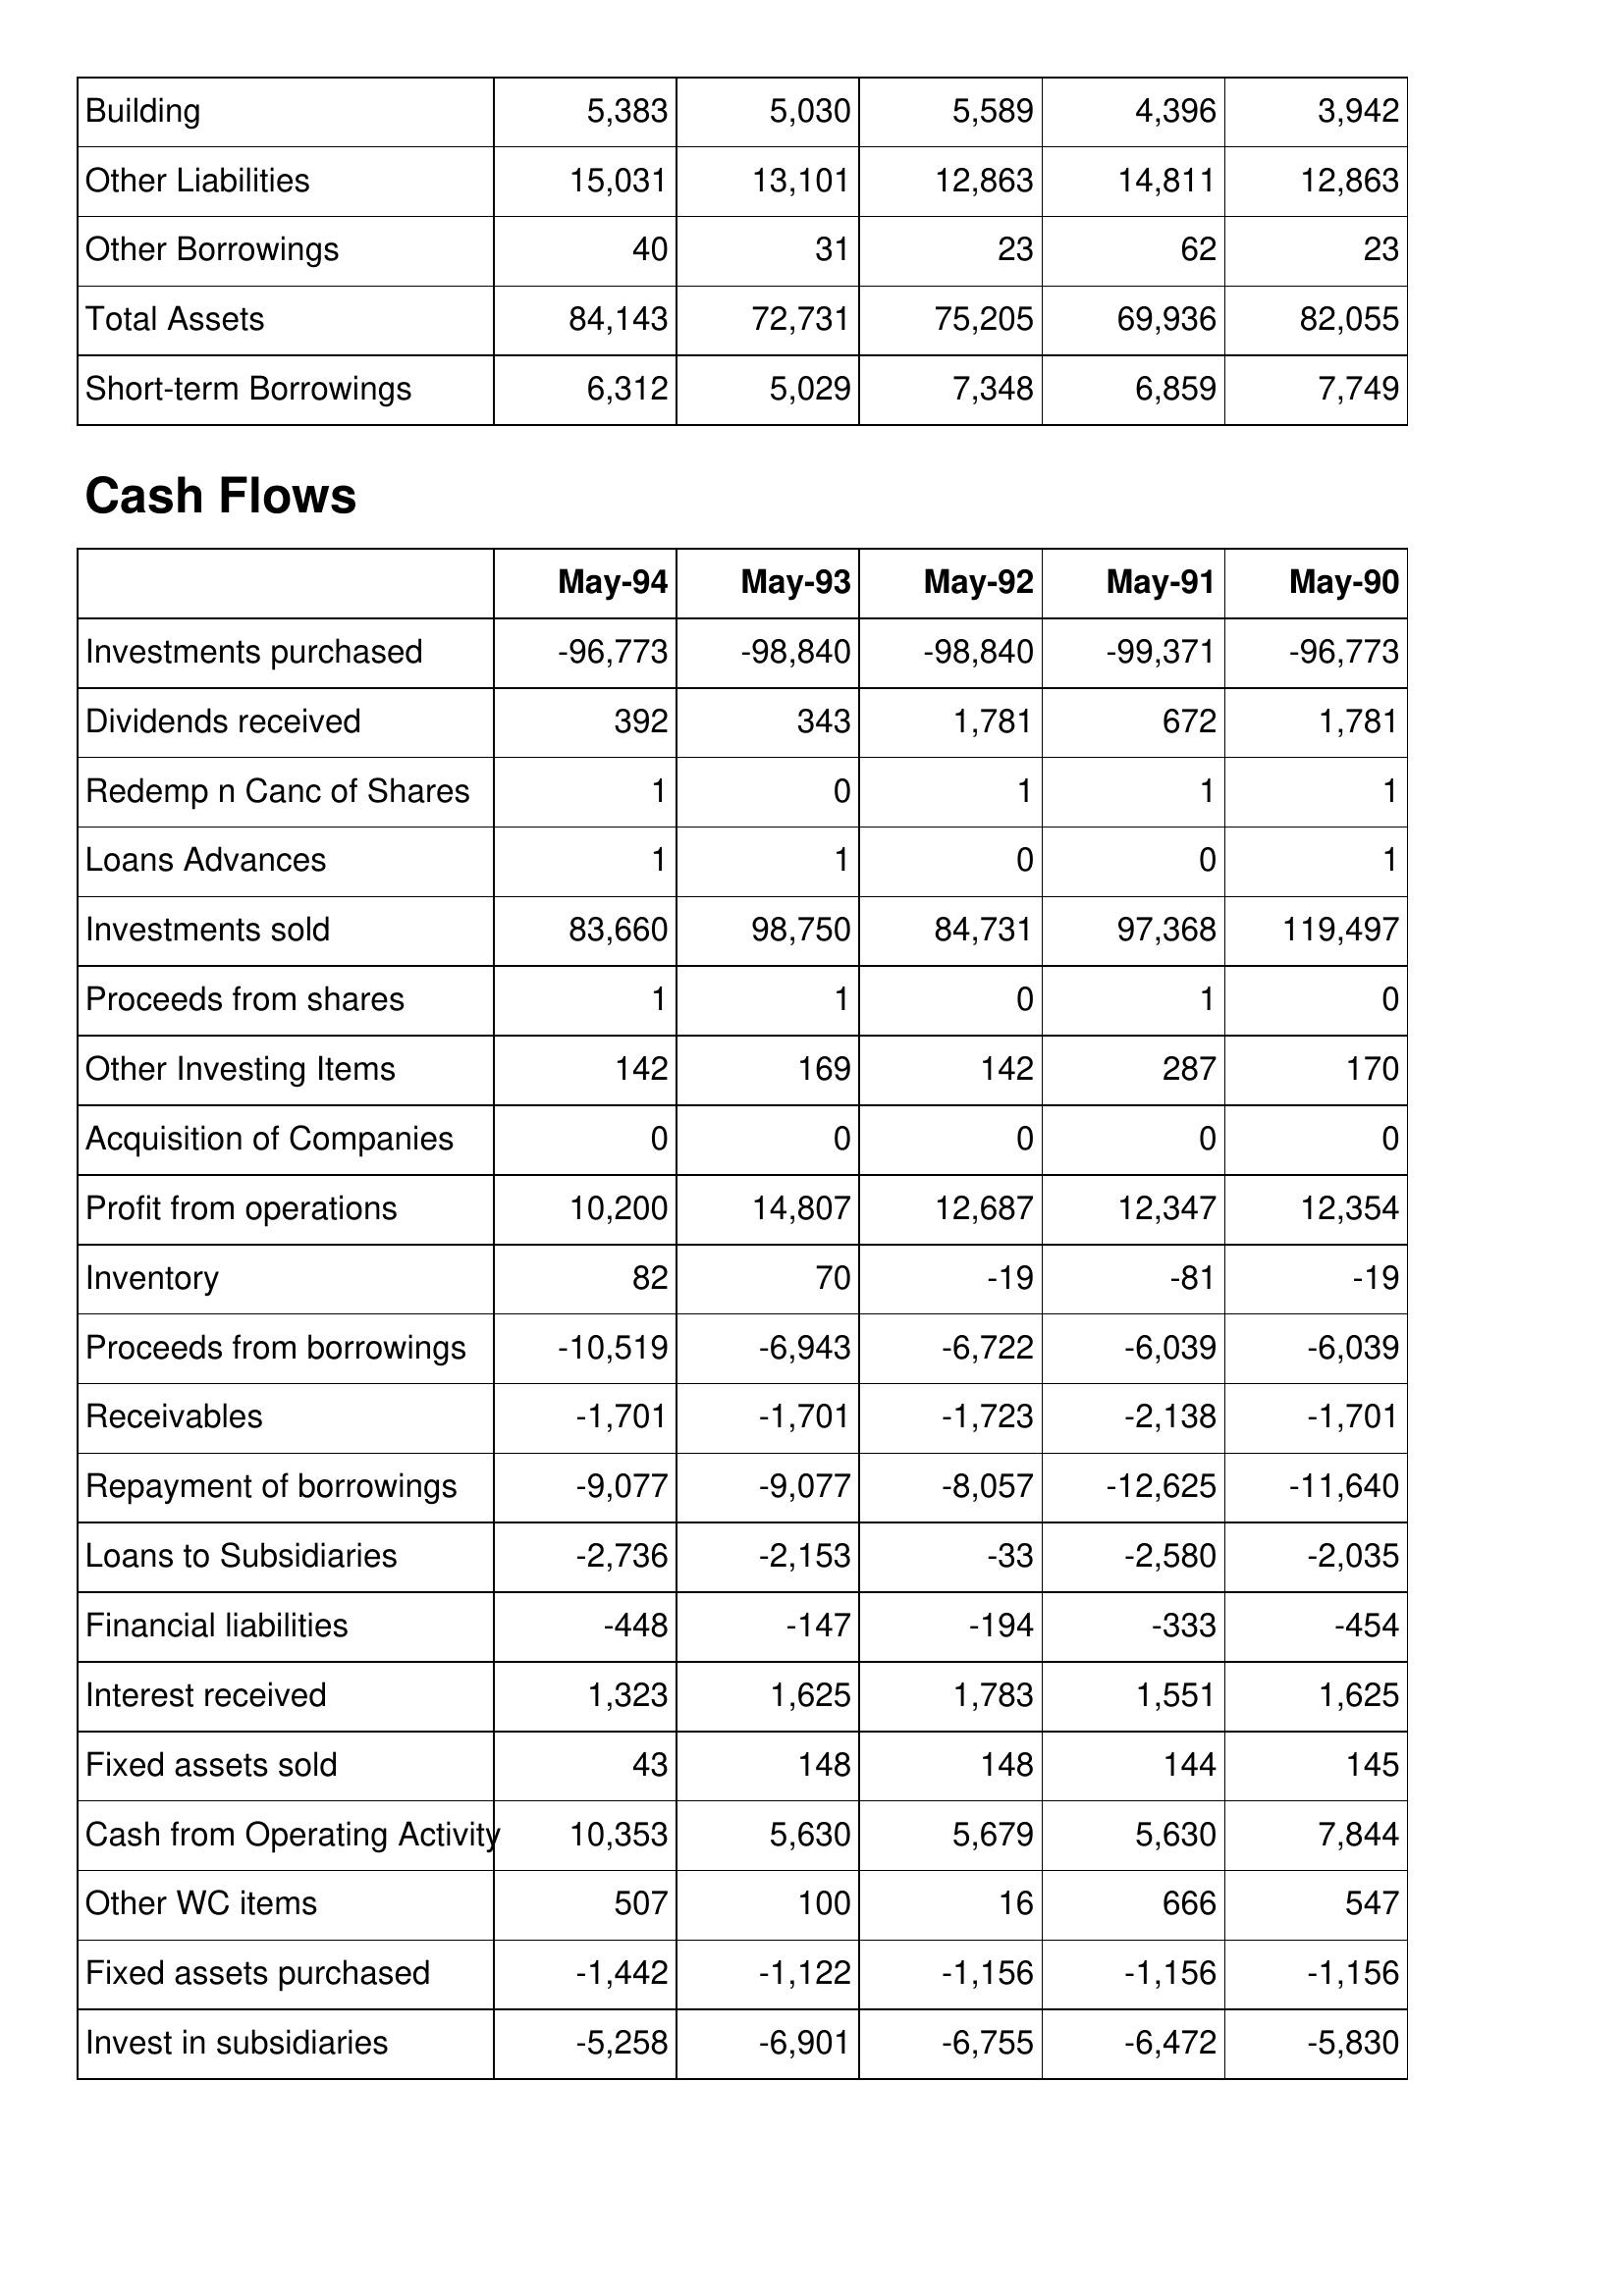
May-94: Balance Sheet: Building: 5,383
Other Liabilities: 15,031
Other Borrowings: 40
Total Assets: 84,143
Short-term Borrowings: 6,312
Cash Flows: Investments purchased: -96,773
Dividends received: 392
Redemp n Canc of Shares: 1
Loans Advances: 1
Investments sold: 83,660
Proceeds from shares: 1
Other Investing Items: 142
Acquisition of Companies: 0
Profit from operations: 10,200
Inventory: 82
Proceeds from borrowings: -10,519
Receivables: -1,701
Repayment of borrowings: -9,077
Loans to Subsidiaries: -2,736
Financial liabilities: -448
Interest received: 1,323
Fixed assets sold: 43
Cash from Operating Activity: 10,353
Other WC items: 507
Fixed assets purchased: -1,442
Invest in subsidiaries: -5,258
May-93: Balance Sheet: Building: 5,030
Other Liabilities: 13,101
Other Borrowings: 31
Total Assets: 72,731
Short-term Borrowings: 5,029
Cash Flows: Investments purchased: -98,840
Dividends received: 343
Redemp n Canc of Shares: 0
Loans Advances: 1
Investments sold: 98,750
Proceeds from shares: 1
Other Investing Items: 169
Acquisition of Companies: 0
Profit from operations: 14,807
Inventory: 70
Proceeds from borrowings: -6,943
Receivables: -1,701
Repayment of borrowings: -9,077
Loans to Subsidiaries: -2,153
Financial liabilities: -147
Interest received: 1,625
Fixed assets sold: 148
Cash from Operating Activity: 5,630
Other WC items: 100
Fixed assets purchased: -1,122
Invest in subsidiaries: -6,901
May-92: Balance Sheet: Building: 5,589
Other Liabilities: 12,863
Other Borrowings: 23
Total Assets: 75,205
Short-term Borrowings: 7,348
Cash Flows: Investments purchased: -98,840
Dividends received: 1,781
Redemp n Canc of Shares: 1
Loans Advances: 0
Investments sold: 84,731
Proceeds from shares: 0
Other Investing Items: 142
Acquisition of Companies: 0
Profit from operations: 12,687
Inventory: -19
Proceeds from borrowings: -6,722
Receivables: -1,723
Repayment of borrowings: -8,057
Loans to Subsidiaries: -33
Financial liabilities: -194
Interest received: 1,783
Fixed assets sold: 148
Cash from Operating Activity: 5,679
Other WC items: 16
Fixed assets purchased: -1,156
Invest in subsidiaries: -6,755
May-91: Balance Sheet: Building: 4,396
Other Liabilities: 14,811
Other Borrowings: 62
Total Assets: 69,936
Short-term Borrowings: 6,859
Cash Flows: Investments purchased: -99,371
Dividends received: 672
Redemp n Canc of Shares: 1
Loans Advances: 0
Investments sold: 97,368
Proceeds from shares: 1
Other Investing Items: 287
Acquisition of Companies: 0
Profit from operations: 12,347
Inventory: -81
Proceeds from borrowings: -6,039
Receivables: -2,138
Repayment of borrowings: -12,625
Loans to Subsidiaries: -2,580
Financial liabilities: -333
Interest received: 1,551
Fixed assets sold: 144
Cash from Operating Activity: 5,630
Other WC items: 666
Fixed assets purchased: -1,156
Invest in subsidiaries: -6,472
May-90: Balance Sheet: Building: 3,942
Other Liabilities: 12,863
Other Borrowings: 23
Total Assets: 82,055
Short-term Borrowings: 7,749
Cash Flows: Investments purchased: -96,773
Dividends received: 1,781
Redemp n Canc of Shares: 1
Loans Advances: 1
Investments sold: 119,497
Proceeds from shares: 0
Other Investing Items: 170
Acquisition of Companies: 0
Profit from operations: 12,354
Inventory: -19
Proceeds from borrowings: -6,039
Receivables: -1,701
Repayment of borrowings: -11,640
Loans to Subsidiaries: -2,035
Financial liabilities: -454
Interest received: 1,625
Fixed assets sold: 145
Cash from Operating Activity: 7,844
Other WC items: 547
Fixed assets purchased: -1,156
Invest in subsidiaries: -5,830